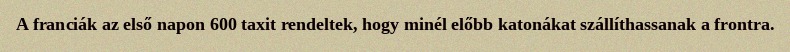
A franciák az első napon 600 taxit rendeltek, hogy minél előbb katonákat szállíthassanak a frontra.